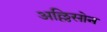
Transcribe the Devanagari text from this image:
अल्लिसोन